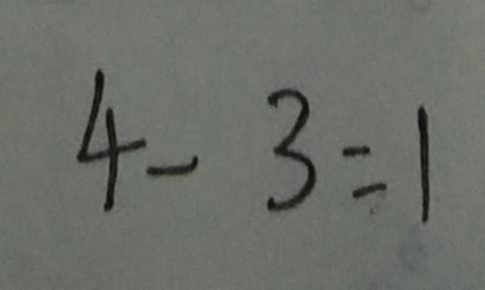
4 - 3 = 1